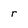
Character: r